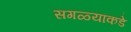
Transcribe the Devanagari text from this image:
सगळ्यांकडे